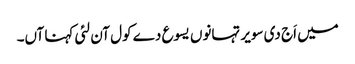
میں اَج دی سویر تہانوں یسوع دے کول آن لئی کہنا آں۔